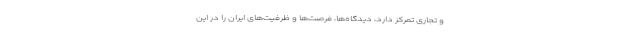
و تجاری تمرکز دارد، دیدگاه‌ها، فرصت‌ها و ظرفیت‌های ایران را در این